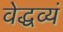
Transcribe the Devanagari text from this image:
वेद्धव्यं